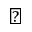
\sun